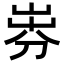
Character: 𡸐